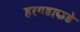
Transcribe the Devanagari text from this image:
हरगडाकडे